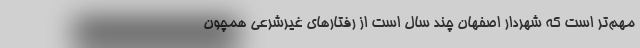
مهم‌تر است که شهردار اصفهان چند سال است از رفتارهای غیرشرعی همچون